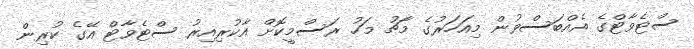
ސްޓެވާޓްގެ އެއްބަސްވުން މިއަހަރުގެ މާޗު މަހު ރަސްމީކޮށް އާކުރިއިރު ސްޓެވާޓް އޭގެ ކުރިން